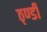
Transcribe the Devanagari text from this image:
ठ्ण्डी